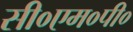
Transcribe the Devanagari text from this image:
सी०एम०पी०